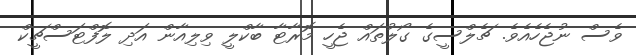
ވެސް ނުޖެހެއެވެ. ޗެލްސީގެ ގޯލުތައް ޖެހީ މޮރާޓާ ބާކްލީ ވިލިއާން އަދި ލޮފްޓަސްޗީކް